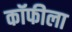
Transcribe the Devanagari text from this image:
कॉफीला